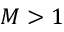
M > 1